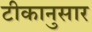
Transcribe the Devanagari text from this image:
टीकानुसार